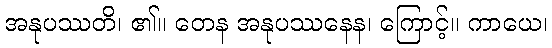
အနုပဿတိ၊ ၏။ တေန အနုပဿနေန၊ ကြောင့်။ ကာယေ၊